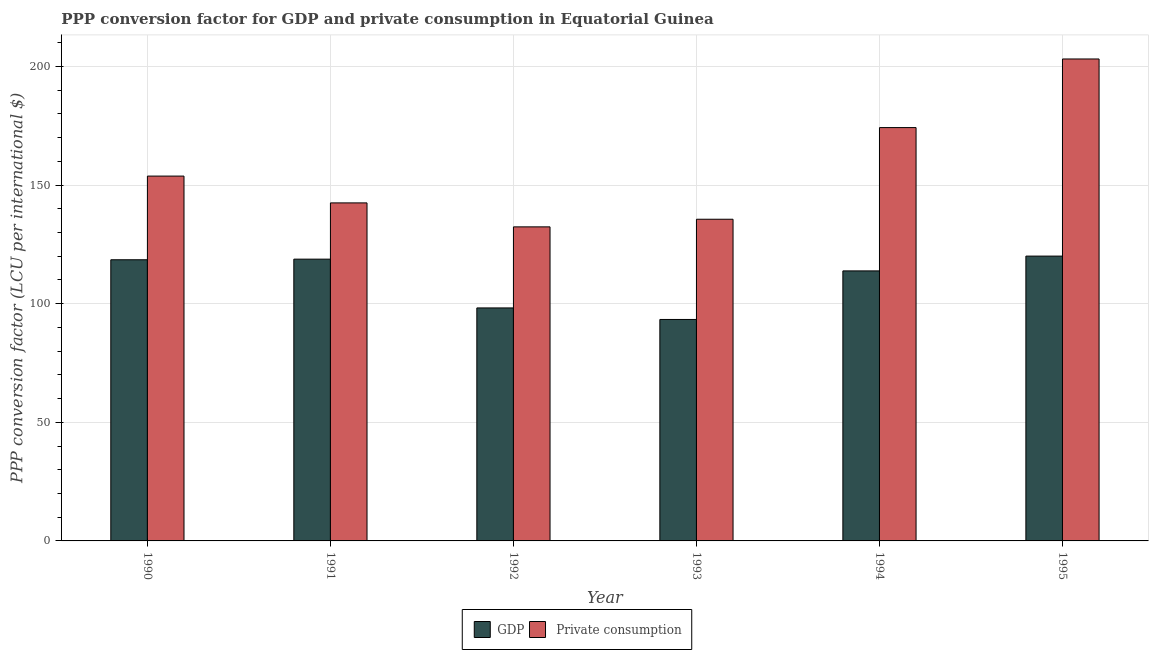
| Year | GDP |  Private consumption |
 | --- | --- | --- |
 | 1990 | 119 | 154 |
 | 1991 | 119 | 142 |
 | 1992 | 98.2 | 132 |
 | 1993 | 93.3 | 136 |
 | 1994 | 114 | 174 |
 | 1995 | 120 | 203 |